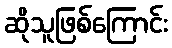
ဆိုသူဖြစ်ကြောင်း